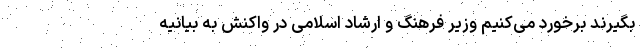
بگیرند برخورد می‌کنیم وزیر فرهنگ و ارشاد اسلامی در واکنش به بیانیه